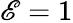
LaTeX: \mathscr{E}=1